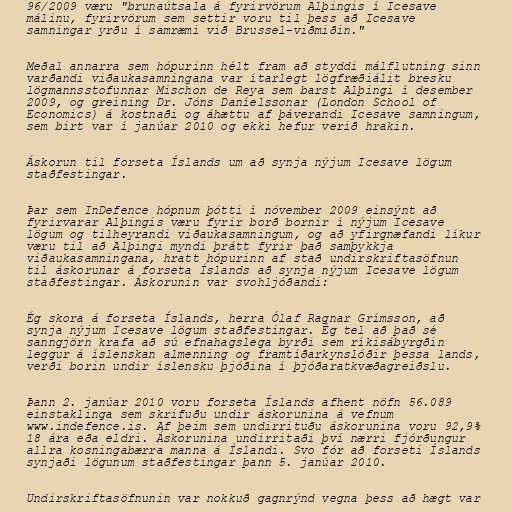
96/2009 væru "brunaútsala á fyrirvörum Alþingis í Icesave
málinu, fyrirvörum sem settir voru til þess að Icesave
samningar yrðu í samræmi við Brussel-viðmiðin."

Meðal annarra sem hópurinn hélt fram að styddi málflutning sinn
varðandi viðaukasamningana var ítarlegt lögfræðiálit bresku
lögmannsstofunnar Mischon de Reya sem barst Alþingi í desember
2009, og greining Dr. Jóns Daníelssonar (London School of
Economics) á kostnaði og áhættu af þáverandi Icesave samningum,
sem birt var í janúar 2010 og ekki hefur verið hrakin.

Áskorun til forseta Íslands um að synja nýjum Icesave lögum
staðfestingar.

Þar sem InDefence hópnum þótti í nóvember 2009 einsýnt að
fyrirvarar Alþingis væru fyrir borð bornir í nýjum Icesave
lögum og tilheyrandi viðaukasamningum, og að yfirgnæfandi líkur
væru til að Alþingi myndi þrátt fyrir það samþykkja
viðaukasamningana, hratt hópurinn af stað undirskriftasöfnun
til áskorunar á forseta Íslands að synja nýjum Icesave lögum
staðfestingar. Áskorunin var svohljóðandi:

Ég skora á forseta Íslands, herra Ólaf Ragnar Grímsson, að
synja nýjum Icesave lögum staðfestingar. Ég tel að það sé
sanngjörn krafa að sú efnahagslega byrði sem ríkisábyrgðin
leggur á íslenskan almenning og framtíðarkynslóðir þessa lands,
verði borin undir íslensku þjóðina í þjóðaratkvæðagreiðslu.

Þann 2. janúar 2010 voru forseta Íslands afhent nöfn 56.089
einstaklinga sem skrifuðu undir áskorunina á vefnum
www.indefence.is. Af þeim sem undirrituðu áskorunina voru 92,9%
18 ára eða eldri. Áskorunina undirritaði því nærri fjórðungur
allra kosningabærra manna á Íslandi. Svo fór að forseti Íslands
synjaði lögunum staðfestingar þann 5. janúar 2010.

Undirskriftasöfnunin var nokkuð gagnrýnd vegna þess að hægt var